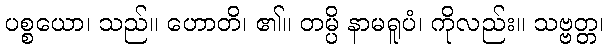
ပစ္စယော၊ သည်။ ဟောတိ၊ ၏။ တမ္ပိ နာမရူပံ၊ ကိုလည်း။ သဗ္ဗတ္တ၊